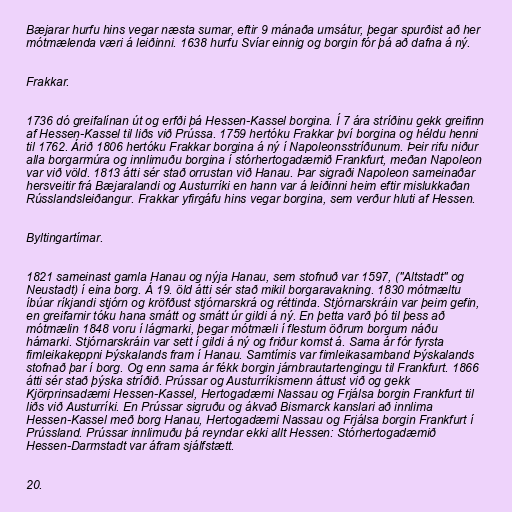
Bæjarar hurfu hins vegar næsta sumar, eftir 9 mánaða umsátur, þegar spurðist að her
mótmælenda væri á leiðinni. 1638 hurfu Svíar einnig og borgin fór þá að dafna á ný.

Frakkar.

1736 dó greifalínan út og erfði þá Hessen-Kassel borgina. Í 7 ára stríðinu gekk greifinn
af Hessen-Kassel til liðs við Prússa. 1759 hertóku Frakkar því borgina og héldu henni
til 1762. Árið 1806 hertóku Frakkar borgina á ný í Napoleonsstríðunum. Þeir rifu niður
alla borgarmúra og innlimuðu borgina í stórhertogadæmið Frankfurt, meðan Napoleon
var við völd. 1813 átti sér stað orrustan við Hanau. Þar sigraði Napoleon sameinaðar
hersveitir frá Bæjaralandi og Austurríki en hann var á leiðinni heim eftir mislukkaðan
Rússlandsleiðangur. Frakkar yfirgáfu hins vegar borgina, sem verður hluti af Hessen.

Byltingartímar.

1821 sameinast gamla Hanau og nýja Hanau, sem stofnuð var 1597, ("Altstadt" og
Neustadt) í eina borg. Á 19. öld átti sér stað mikil borgaravakning. 1830 mótmæltu
íbúar ríkjandi stjórn og kröfðust stjórnarskrá og réttinda. Stjórnarskráin var þeim gefin,
en greifarnir tóku hana smátt og smátt úr gildi á ný. En þetta varð þó til þess að
mótmælin 1848 voru í lágmarki, þegar mótmæli í flestum öðrum borgum náðu
hámarki. Stjórnarskráin var sett í gildi á ný og friður komst á. Sama ár fór fyrsta
fimleikakeppni Þýskalands fram í Hanau. Samtímis var fimleikasamband Þýskalands
stofnað þar í borg. Og enn sama ár fékk borgin járnbrautartengingu til Frankfurt. 1866
átti sér stað þýska stríðið. Prússar og Austurríkismenn áttust við og gekk
Kjörprinsadæmi Hessen-Kassel, Hertogadæmi Nassau og Frjálsa borgin Frankfurt til
liðs við Austurríki. En Prússar sigruðu og ákvað Bismarck kanslari að innlima
Hessen-Kassel með borg Hanau, Hertogadæmi Nassau og Frjálsa borgin Frankfurt í
Prússland. Prússar innlimuðu þá reyndar ekki allt Hessen: Stórhertogadæmið
Hessen-Darmstadt var áfram sjálfstætt.

20.